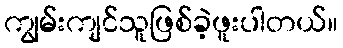
ကျွမ်းကျင်သူဖြစ်ခဲ့ဖူးပါတယ်။